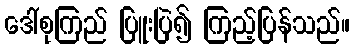
ဒေါ်စုကြည် ပြူးပြဲ၍ ကြည့်ပြန်သည်။